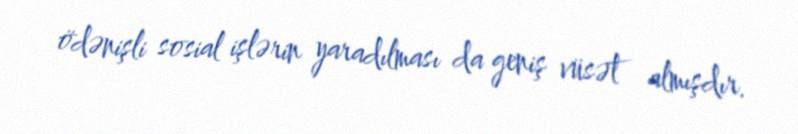
ödənişli sosial işlərin yaradılması da geniş vüsət almışdır.